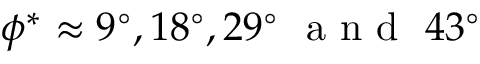
\phi ^ { * } \approx 9 ^ { \circ } , 1 8 ^ { \circ } , 2 9 ^ { \circ } ~ \mathrm { ~ a ~ n ~ d ~ } ~ 4 3 ^ { \circ }